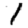
Digit: 1